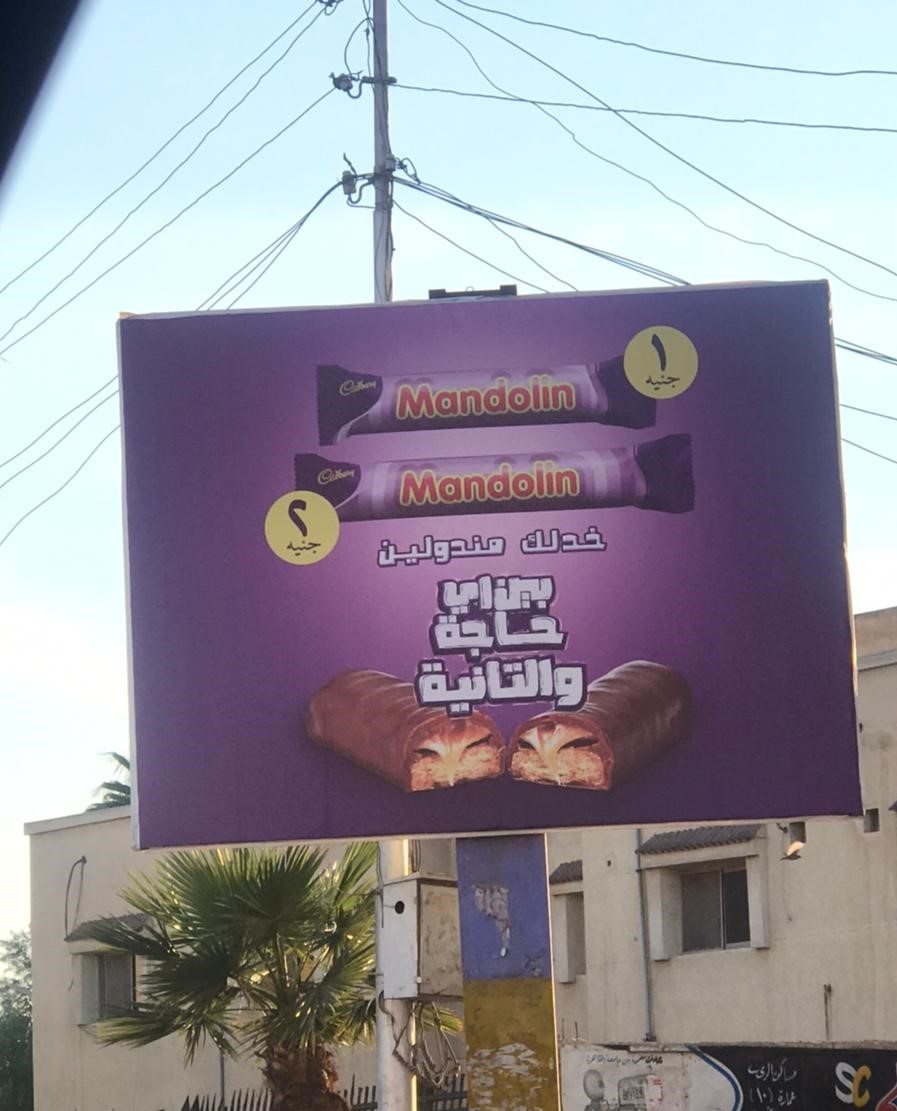
Text in image: 1 جنيه 2 خدلك مندولين جنيه بين اي حاجة والتانية Mandolin Mandoline